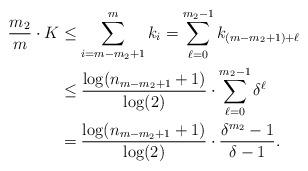
LaTeX: \begin{align*}\frac{m_2}{m} \cdot K &\leq \sum_{i=m-m_2+1}^{m} k_i = \sum_{\ell=0}^{m_2-1} k_{(m-m_2+1)+\ell}\\&\leq \frac{\log(n_{m-m_2+1}+1)}{\log(2)} \cdot \sum_{\ell=0}^{m_2-1} \delta^{\ell}\\&= \frac{\log(n_{m-m_2+1}+1)}{\log(2)} \cdot \frac{\delta^{m_2}-1}{\delta-1}.\end{align*}